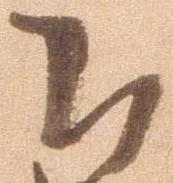
被